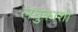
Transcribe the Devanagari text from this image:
लघुकाशी